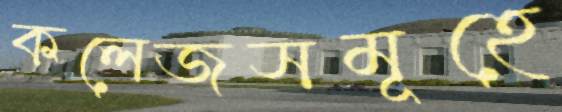
কলেজসমূহে